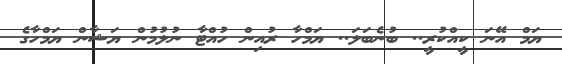
ޔަމް އޭނަ ކީއްކުރީ.. ބުނެބަލަ.. ޔަމްހާ ރުއިން ހުއްޓާ ނުލުމުން ޔަޝާން ޔަމްހާގެ